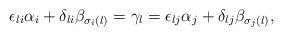
LaTeX: \begin{align*}\epsilon_{li}\alpha_i + \delta_{li}\beta_{\sigma_i(l)} = \gamma_l = \epsilon_{lj}\alpha_j + \delta_{lj} \beta_{\sigma_j(l)},\end{align*}